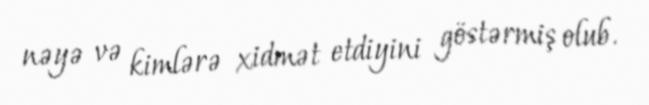
nəyə və kimlərə xidmət etdiyini göstərmiş olub.